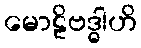
မောဠိဗဒ္ဓါဟိ